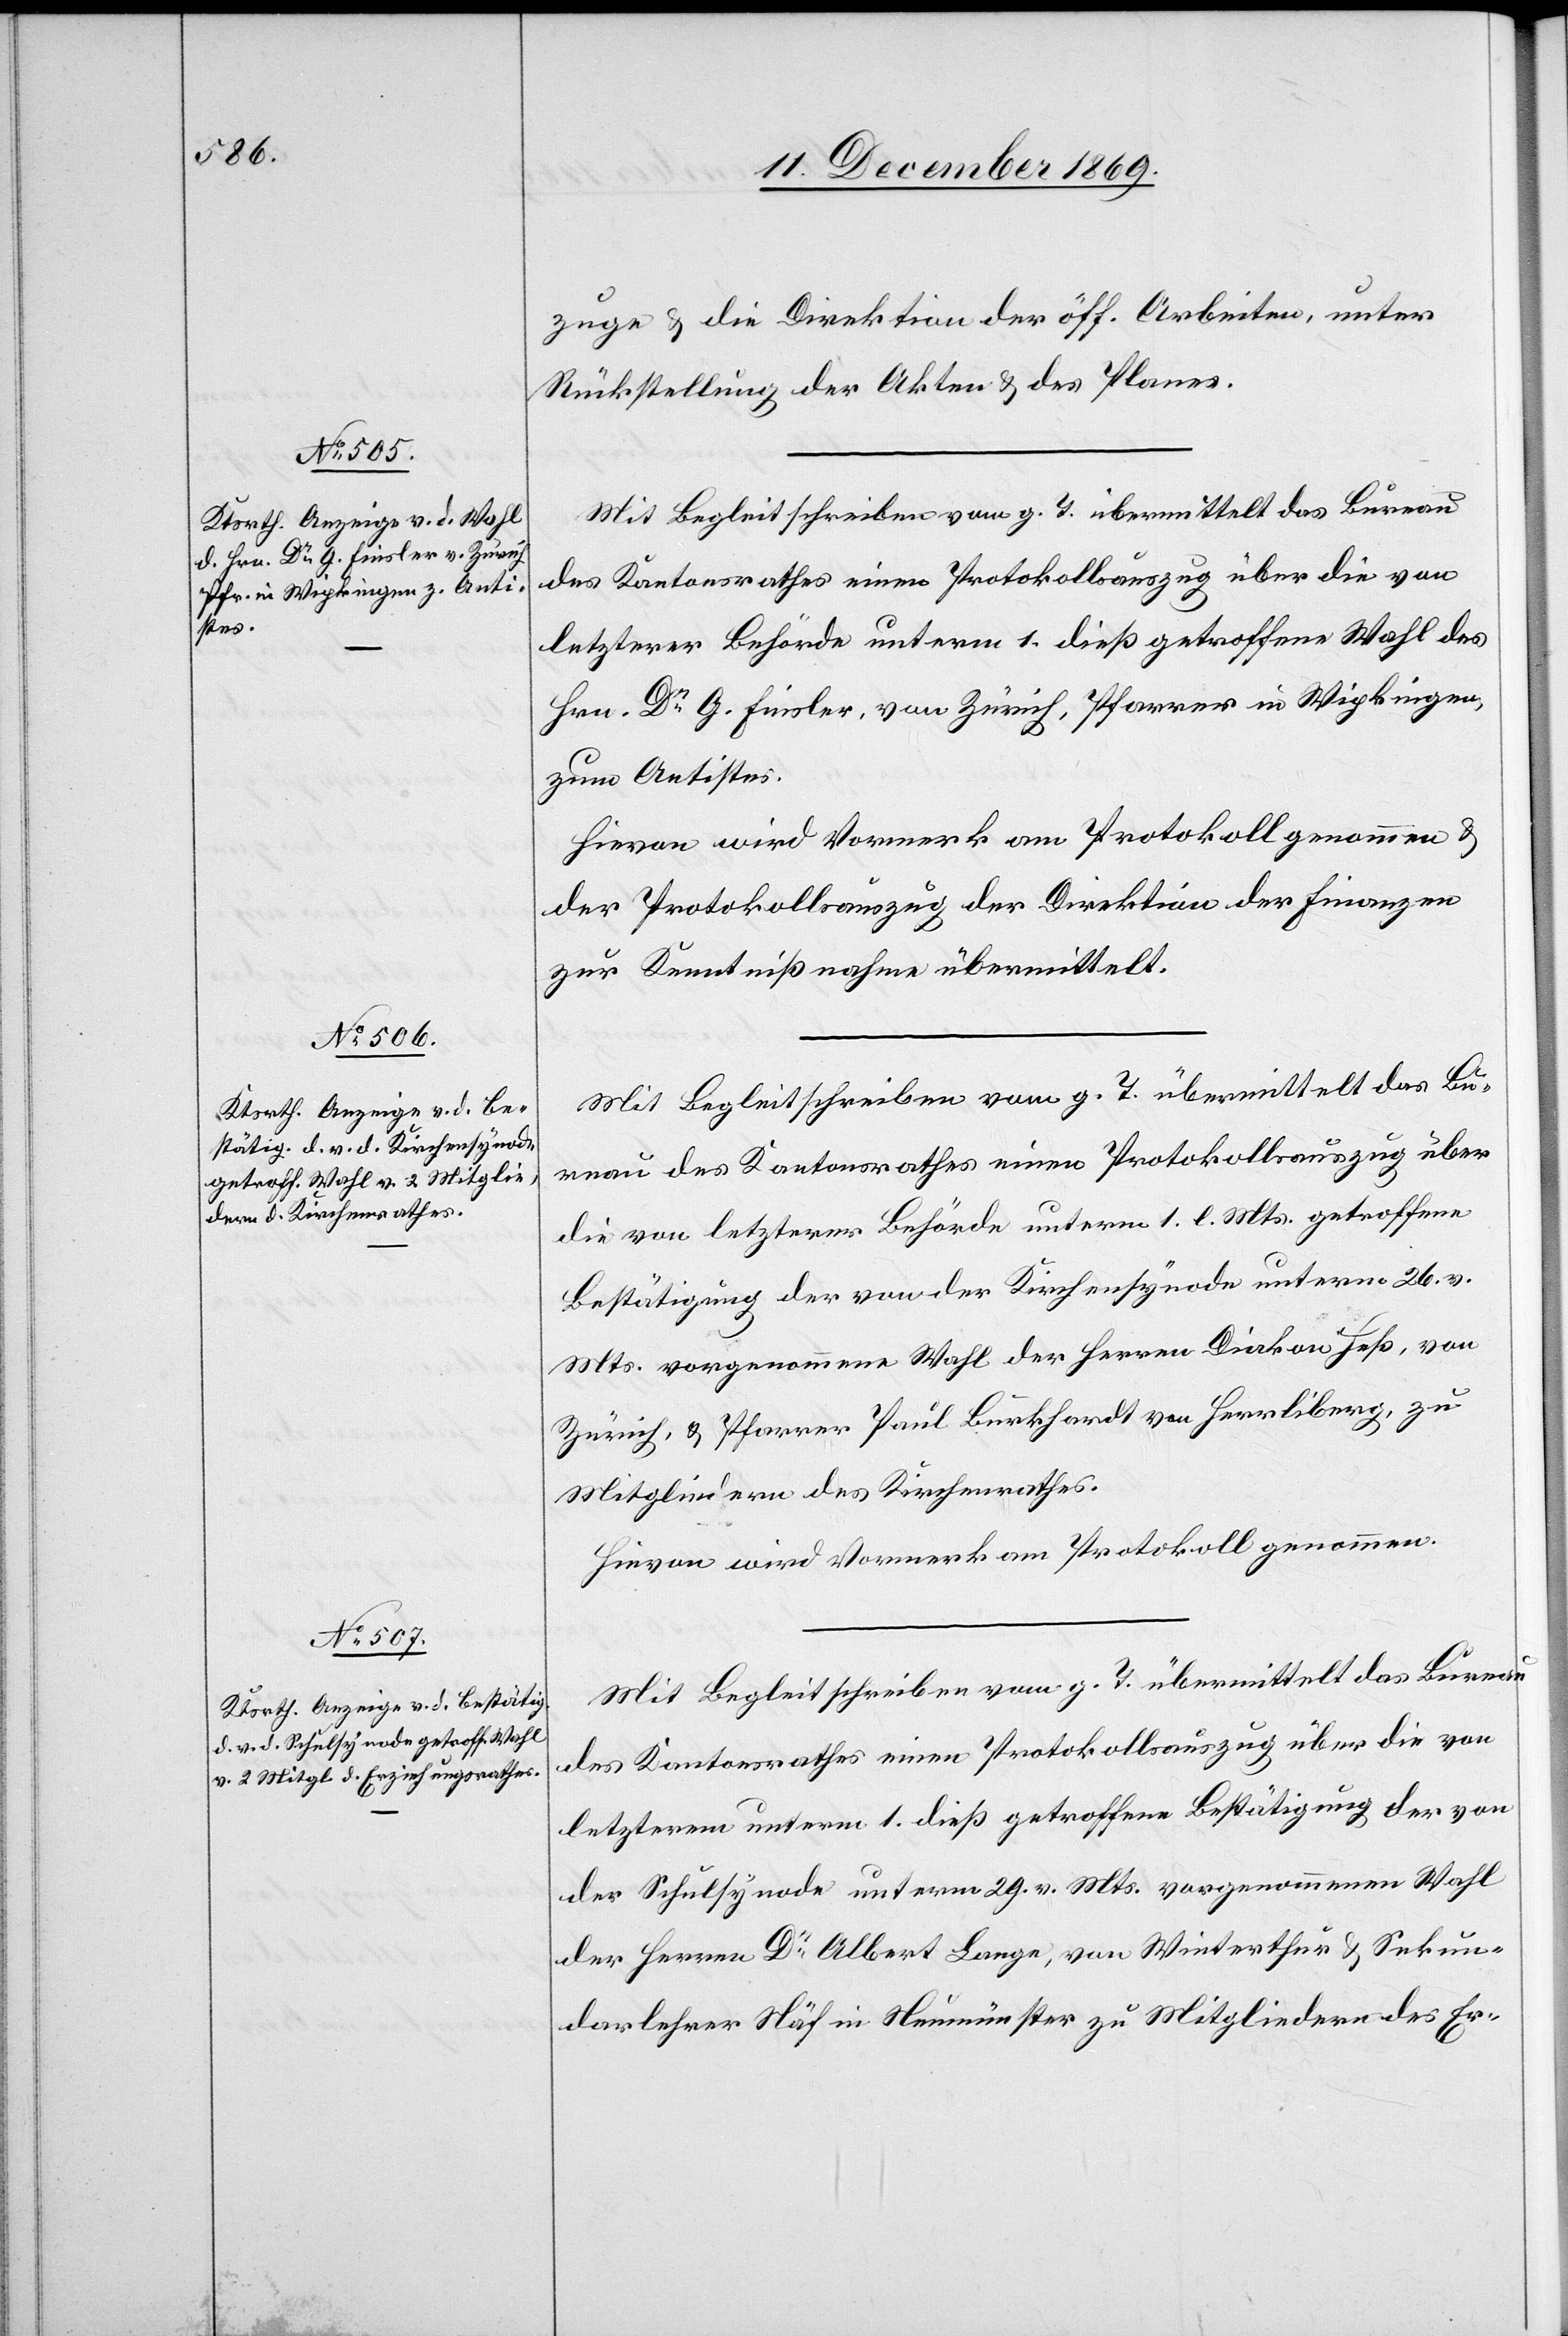
zuge & die Direktion der öff. Arbeiten, unter
Rückstellung der Akten & des Planes.
Mit Begleitschreiben vom g. T. übermittelt das Bureau
des Kantonsrathes einen Protokollsauszug über die von
letzterer Behörde unterm 1. dieß getroffene Wahl des
Hrn. Dr G. Finsler, von Zürich, Pfarrer in Wipkingen,
zum Antistes.
Hievon wird Vormerk am Protokoll genommen &
der Protokollsauszug der Direktion der Finanzen
zur Kenntnißnahme übermittelt.
Mit Begleitschreiben vom g. T. übermittelt das Bu¬
reau des Kantonsrathes einen Protokollsauszug über
die von letzterer Behörde unterm 1. l. Mts. getroffene
Bestätigung der von der Kirchensynode unterm 26. v.
Mts. vorgenommene Wahl der Herren Diakon Heß, von
Zürich, & Pfarrer Paul Burkhardt von Herrliberg, zu
Mitgliedern des Kirchenrathes.
Hievon wird Vormerk am Protokoll genommen.
Mit Begleitschreiben vom g. T. übermittelt das Bureau
des Kantonsrathes einen Protokollsauszug über die von
letzterem unterm 1. dieß getroffene Bestätigung der von
der Schulsynode unterm 29. v. Mts. vorgenommenen Wahl
der Herren Dr Albert Lange, von Winterthur & Sekun¬
darlehrer Näf in Neumünster zu Mitgliedern des Er-